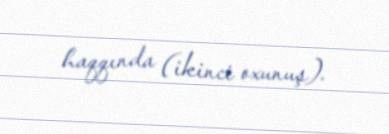
haqqında (ikinci oxunuş).